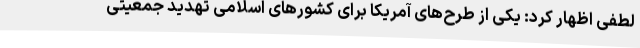
لطفی اظهار کرد: یکی از طرح‌های آمریکا برای کشورهای اسلامی تهدید جمعیتی